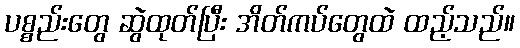
ပစ္စည်းတွေ ဆွဲထုတ်ပြီး အိတ်ကပ်တွေထဲ ထည့်သည်။